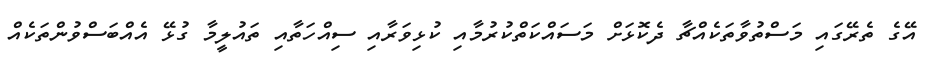
އޭގެ ތެރޭގައި މަސްތުވާތަކެއްޗާ ދެކޮޅަށް މަސައްކަތްކުރުމާއި ކުޅިވަރާއި ސިއްހަތާއި ތައުލީމާ ގުޅޭ އެއްބަސްވުންތަކެއް